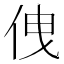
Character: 𠈐